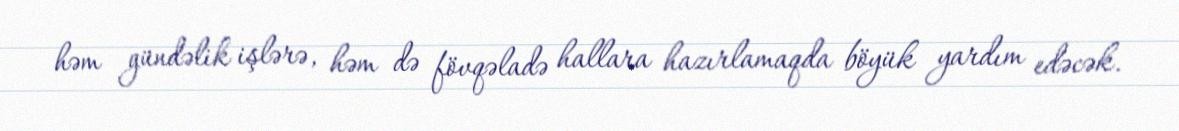
həm gündəlik işlərə, həm də fövqəladə hallara hazırlamaqda böyük yardım edəcək.